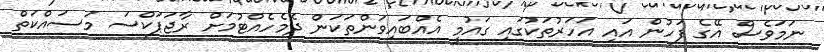
ނަމަވެސް އޭގެ ފަހުން އައި އަހަރުތަކުގައި ގައުމީ އެއްބައިވަންތަކަން ދެމެހެއްޓުމަށް ރާޖަޕަކްސަ މަސައްކަތް